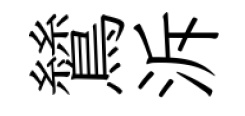
鷥泝